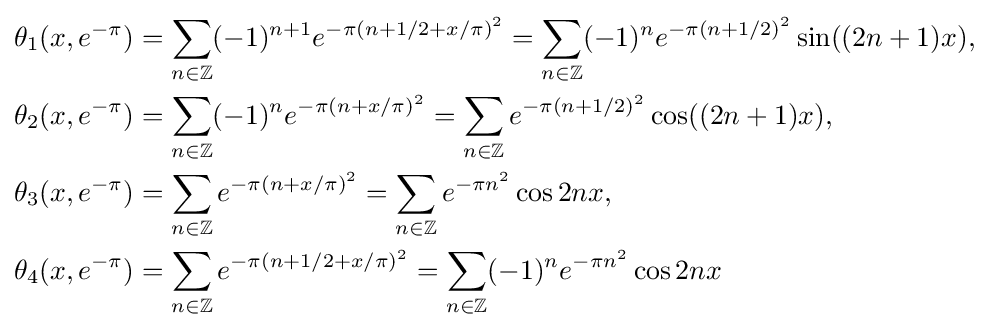
{\begin{aligned}\theta _{1}(x,e^{-\pi })&=\sum _{n\in \mathbb {Z} }(-1)^{n+1}e^{-\pi (n+1/2+x/\pi )^{2}}=\sum _{n\in \mathbb {Z} }(-1)^{n}e^{-\pi (n+1/2)^{2}}\sin((2n+1)x),\\\theta _{2}(x,e^{-\pi })&=\sum _{n\in \mathbb {Z} }(-1)^{n}e^{-\pi (n+x/\pi )^{2}}=\sum _{n\in \mathbb {Z} }e^{-\pi (n+1/2)^{2}}\cos((2n+1)x),\\\theta _{3}(x,e^{-\pi })&=\sum _{n\in \mathbb {Z} }e^{-\pi (n+x/\pi )^{2}}=\sum _{n\in \mathbb {Z} }e^{-\pi n^{2}}\cos 2nx,\\\theta _{4}(x,e^{-\pi })&=\sum _{n\in \mathbb {Z} }e^{-\pi (n+1/2+x/\pi )^{2}}=\sum _{n\in \mathbb {Z} }(-1)^{n}e^{-\pi n^{2}}\cos 2nx\end{aligned}}